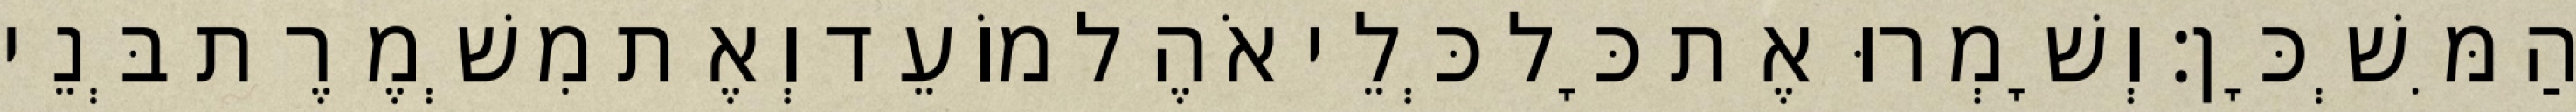
הַמִּשְׁכָּן׃ וְשָׁמְרוּ אֶת כָּל כְּלֵי אֹהֶל מוֹעֵד וְאֶת מִשְׁמֶרֶת בְּנֵי